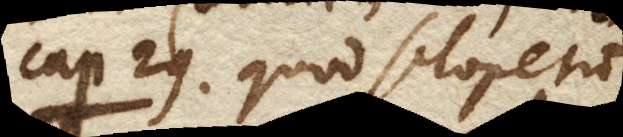
Cap. 29. Quod sclopetum